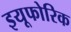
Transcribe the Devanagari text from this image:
इयूफोरिक